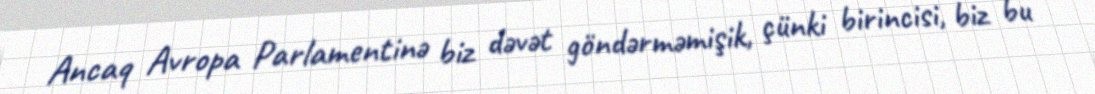
Ancaq Avropa Parlamentinə biz dəvət göndərməmişik, çünki birincisi, biz bu